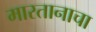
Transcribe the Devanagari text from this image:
मारतानाचा